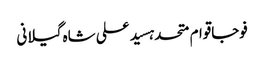
فوجاقوام متحدہسید علی شاہ گیلانی